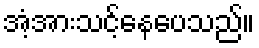
အံ့အားသင့်နေပေသည်။